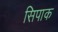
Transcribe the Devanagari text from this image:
सिपाक